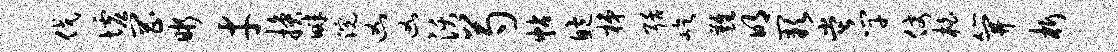
伐墟罔晰才换畔浣凶凶沃芍帖鲍梯聒屹难明缺堂竿仗柏笄析